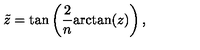
\tilde { z } = \tan \left( \frac { 2 } { n } \mathrm { a r c t a n } ( z ) \right) ,